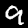
Label: 9